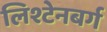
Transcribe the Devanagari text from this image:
लिश्टेनबर्ग